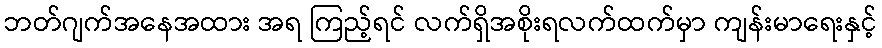
ဘတ်ဂျက်အနေအထား အရ ကြည့်ရင် လက်ရှိအစိုးရလက်ထက်မှာ ကျန်းမာရေးနှင့်